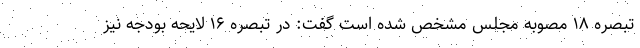
تبصره ۱۸ مصوبه مجلس مشخص شده است گفت: در تبصره ۱۶ لایحه بودجه نیز